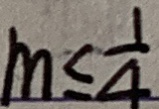
m \leq \frac { 1 } { 4 }